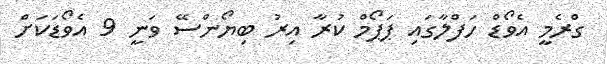
ގްރެމީ އެވޯޑް ހަފްލާގައި ޕަޕޯމް ކުރާ އިރު ބިޔޯންސޭ ވަނީ 9 އެވޯޑަކަށް